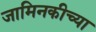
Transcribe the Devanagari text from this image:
जामिनकीच्या